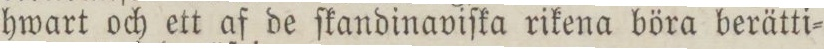
hwart och ett af de ſkandinaviſka rikena böra berätti=